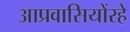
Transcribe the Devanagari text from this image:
आप्रवासियोंरहे